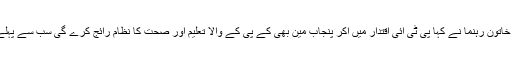
اپنے ایک بیان میں پی ٹی آئی کی خاتون رہنما نے کہا پی ٹی آئی اقتدار میں آکر پنجاب مین بھی کے پی کے والا تعلیم اور صحت کا نظام رائج کرے گی سب سے پہلے پولیس کا سسٹم تبدیل کیا جائے ۔